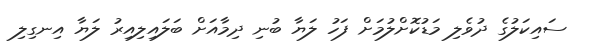
ސައިކަލުގެ ދުވެލި މަޑުކޮށްލުމަށް ފަހު ލަޔާ ބުނި ދިމާއަށް ބަލައިލިއިރު ލަޔާ އިނގިލި